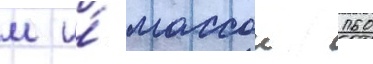
м и́ массои 160